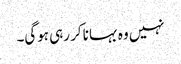
نہیں وہ بہانا کر رہی ہوگی۔